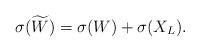
LaTeX: \begin{align*}\sigma(\widetilde{W}) = \sigma(W) + \sigma(X_L).\end{align*}